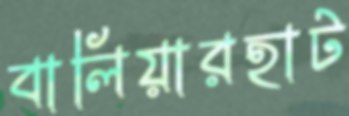
বালিয়ারহাট